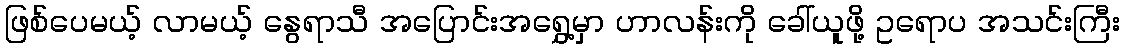
ဖြစ်ပေမယ့် လာမယ့် နွေရာသီ အပြောင်းအရွှေ့မှာ ဟာလန်းကို ခေါ်ယူဖို့ ဥရောပ အသင်းကြီး